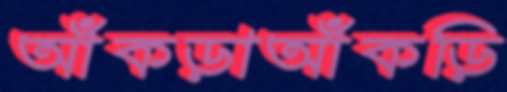
আঁকড়াআঁকড়ি